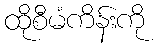
ထိုစီမံကိန်းကို